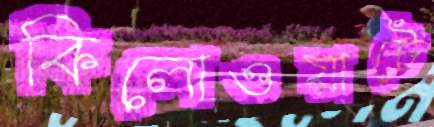
কিলোওয়াটে